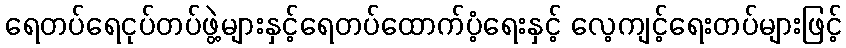
ရေတပ်ရေငုပ်တပ်ဖွဲ့များနှင့်ရေတပ်ထောက်ပံ့ရေးနှင့် လေ့ကျင့်ရေးတပ်များဖြင့်